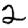
Digit: 2